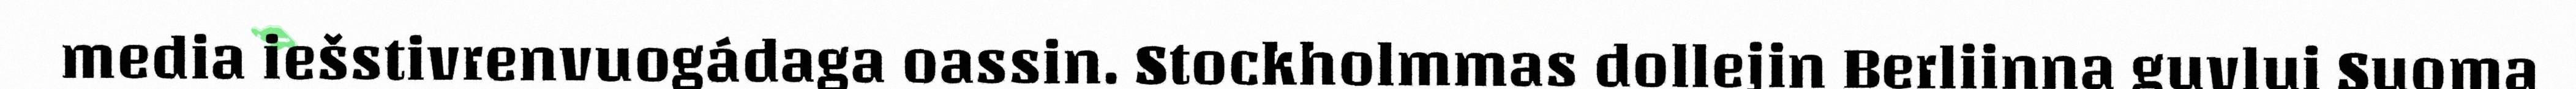
media iešstivrenvuogádaga oassin. Stockholmmas dollejin Berliinna guvlui Suoma